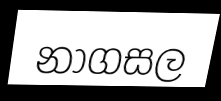
නාගසල